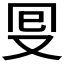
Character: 𠬸